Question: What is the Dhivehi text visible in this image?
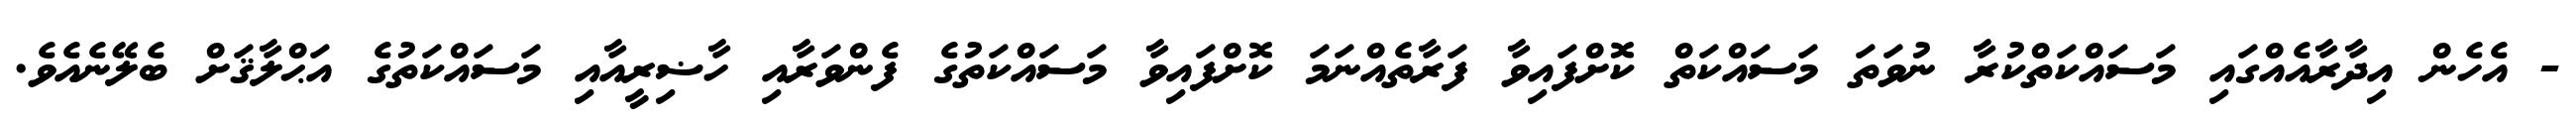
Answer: - އެހެން އިދާރާއެއްގައި މަސައްކަތްކުރާ ނުވަތަ މަސައްކަތް ކޮށްފައިވާ ފަރާތެއްނަމަ ކޮށްފައިވާ މަސައްކަތުގެ ފެންވަރާއި ހާޟިރީއާއި މަސައްކަތުގެ އަޙްލާޤަށް ބެލޭނެއެވެ.